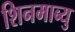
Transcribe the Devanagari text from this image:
शिनमाब्यु